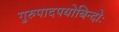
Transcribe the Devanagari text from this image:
गुरुपादपयोबिन्दोः